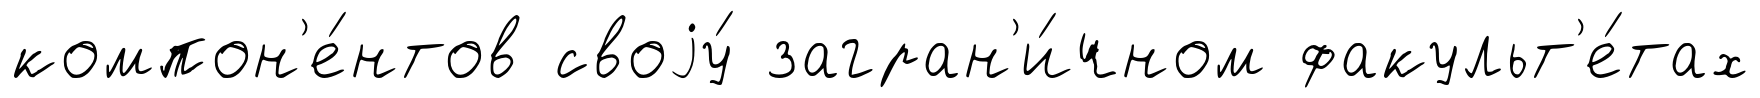
компон'е́нтов своjу́ загран'и́чном факульт'е́тах